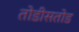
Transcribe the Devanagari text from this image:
तोडीसतोड